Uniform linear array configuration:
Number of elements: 8
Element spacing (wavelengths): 0.5
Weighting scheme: exponential
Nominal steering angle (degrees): -30
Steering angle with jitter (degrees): -29.181
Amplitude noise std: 0.05
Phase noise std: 0.05

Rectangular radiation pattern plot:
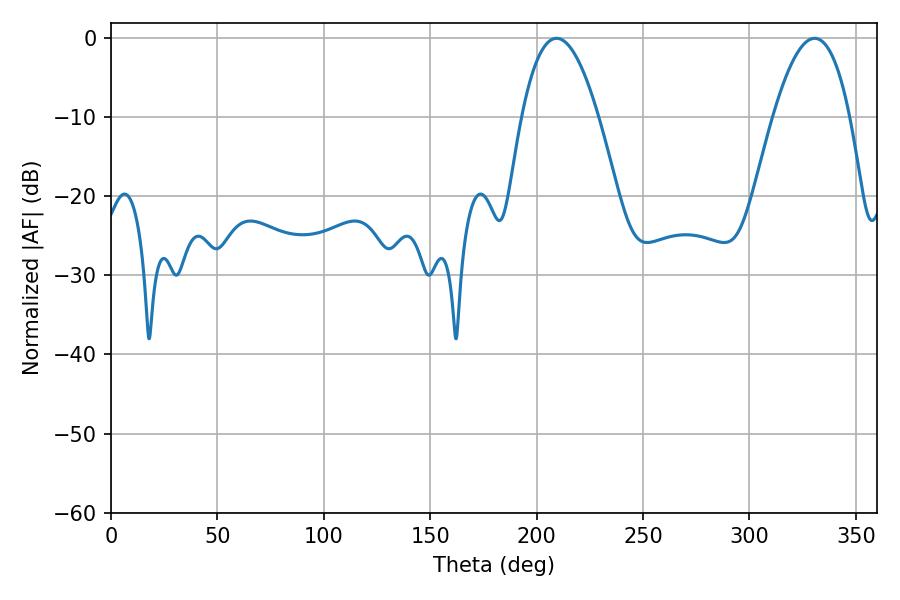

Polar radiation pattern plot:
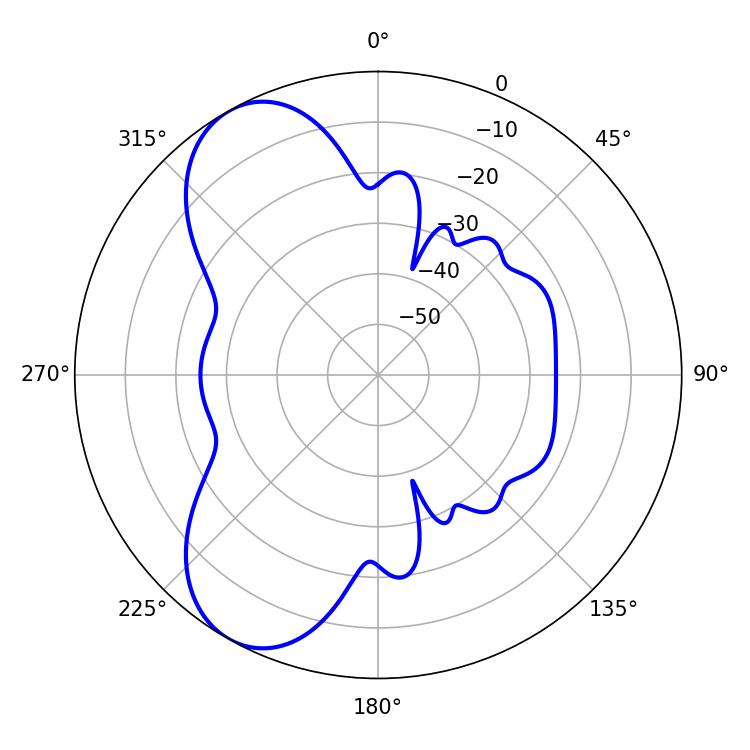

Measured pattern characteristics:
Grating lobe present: FALSE
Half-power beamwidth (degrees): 19.8
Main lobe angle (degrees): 209.34